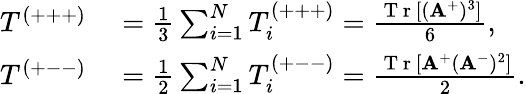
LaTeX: \begin{array}{rl}{T^{(+++)}}&{{}=\frac{1}{3}\sum_{i=1}^{N}T_{i}^{(+++)}=\frac{\mathrm{~T~r~}[(\mathbf{A}^{+})^{3}]}{6},}\\ {T^{(+--)}}&{{}=\frac{1}{2}\sum_{i=1}^{N}T_{i}^{(+--)}=\frac{\mathrm{~T~r~}[\mathbf{A}^{+}(\mathbf{A}^{-})^{2}]}{2}.}\end{array}